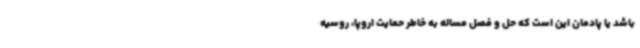
باشد یا پادمان این است که حل و فصل مساله به خاطر حمایت اروپا، روسیه